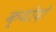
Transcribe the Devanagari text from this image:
क्योदो